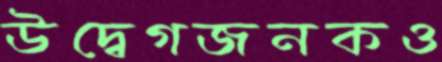
উদ্বেগজনকও